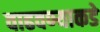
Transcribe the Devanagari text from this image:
वाढवण्याकडे